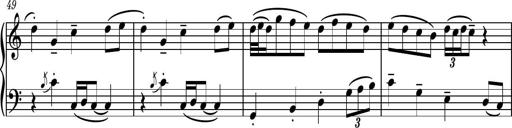
Title: Piano Sonatina No.3
Composer: Dimitri Sykias
Key: C major